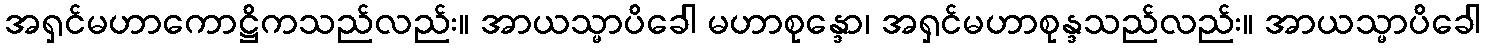
အရှင်မဟာကောဋ္ဌိကသည်လည်း။ အာယသ္မာပိခေါ မဟာစုန္ဒော၊ အရှင်မဟာစုန္ဒသည်လည်း။ အာယသ္မာပိခေါ